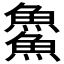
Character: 𩺰